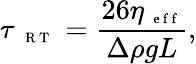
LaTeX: \tau_{\mathrm{~\scriptsize~{~R~T~}~}}=\frac{26\eta_{\mathrm{~\scriptsize~e~f~f~}}}{\Delta\rho gL},